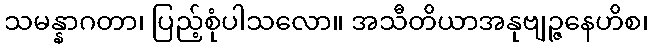
သမန္နာဂတာ၊ ပြည့်စုံပါသလော။ အသီတိယာအနုဗျဉ္ဇနေဟိစ၊